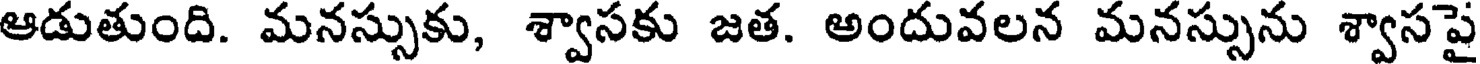
ఆడుతుంది. మనస్సుకు, శ్వాసకు జత. అందువలన మనస్సును శ్వాసపై